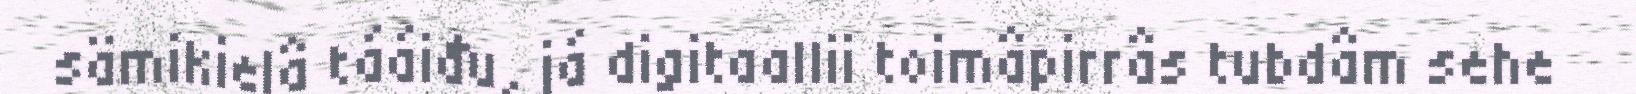
sämikielâ tááiđu, já digitaallii toimâpirrâs tubdâm sehe